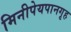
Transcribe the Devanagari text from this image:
मिनीपेयपानगृह